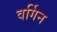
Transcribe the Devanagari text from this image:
वर्गिन